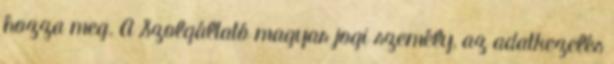
hozza meg. A Szolgáltató magyar jogi személy, az adatkezelés